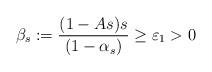
LaTeX: \begin{align*}\beta_s:= \frac{(1-As)s}{(1-\alpha_s)} \geq \varepsilon_1>0\end{align*}